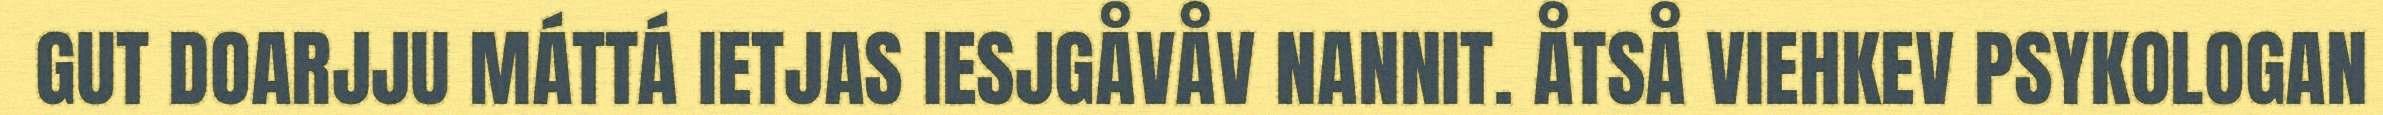
GUT DOARJJU MÁTTÁ IETJAS IESJGÅVÅV NANNIT. ÅTSÅ VIEHKEV PSYKOLOGAN